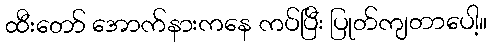
ထီးတော် အောက်နားကနေ ကပ်ပြီး ပြုတ်ကျတာပေါ့။